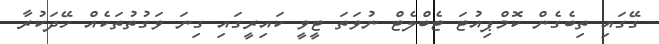
ގޭގައި ތިބެގެން ކޮމްޕިއުޓަ ޓެބްލެޓް ނުވަތަ ޓީވީ ކައިރީގައި ގިނަ ވަގުތުތަކެއް ހޭދަކުރާ